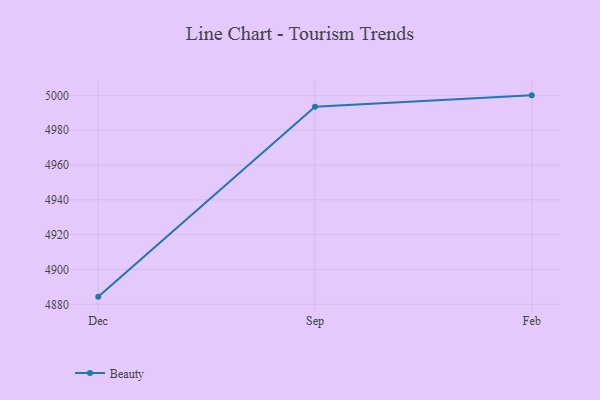
{"axis": {"x": "Month", "y": "Revenue (USD Million)"}, "legend": ["Beauty"], "data": [{"x": "Dec", "y": 4884.4, "type": "Beauty"}, {"x": "Sep", "y": 4993.4, "type": "Beauty"}, {"x": "Feb", "y": 5000, "type": "Beauty"}]}